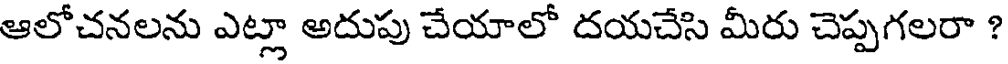
ఆలోచనలను ఎట్లా అదుపు చేయాలో దయచేసి మీరు చెప్పగలరా ?